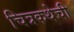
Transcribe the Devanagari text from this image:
चित्रकथेची